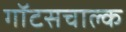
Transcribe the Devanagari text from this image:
गॉटसचाल्क